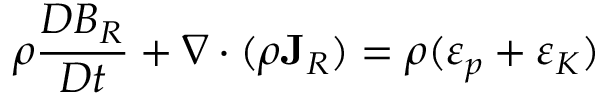
\rho \frac { D { \cal B } _ { R } } { D t } + \nabla \cdot ( \rho { \bf J } _ { R } ) = \rho ( \varepsilon _ { p } + \varepsilon _ { K } )